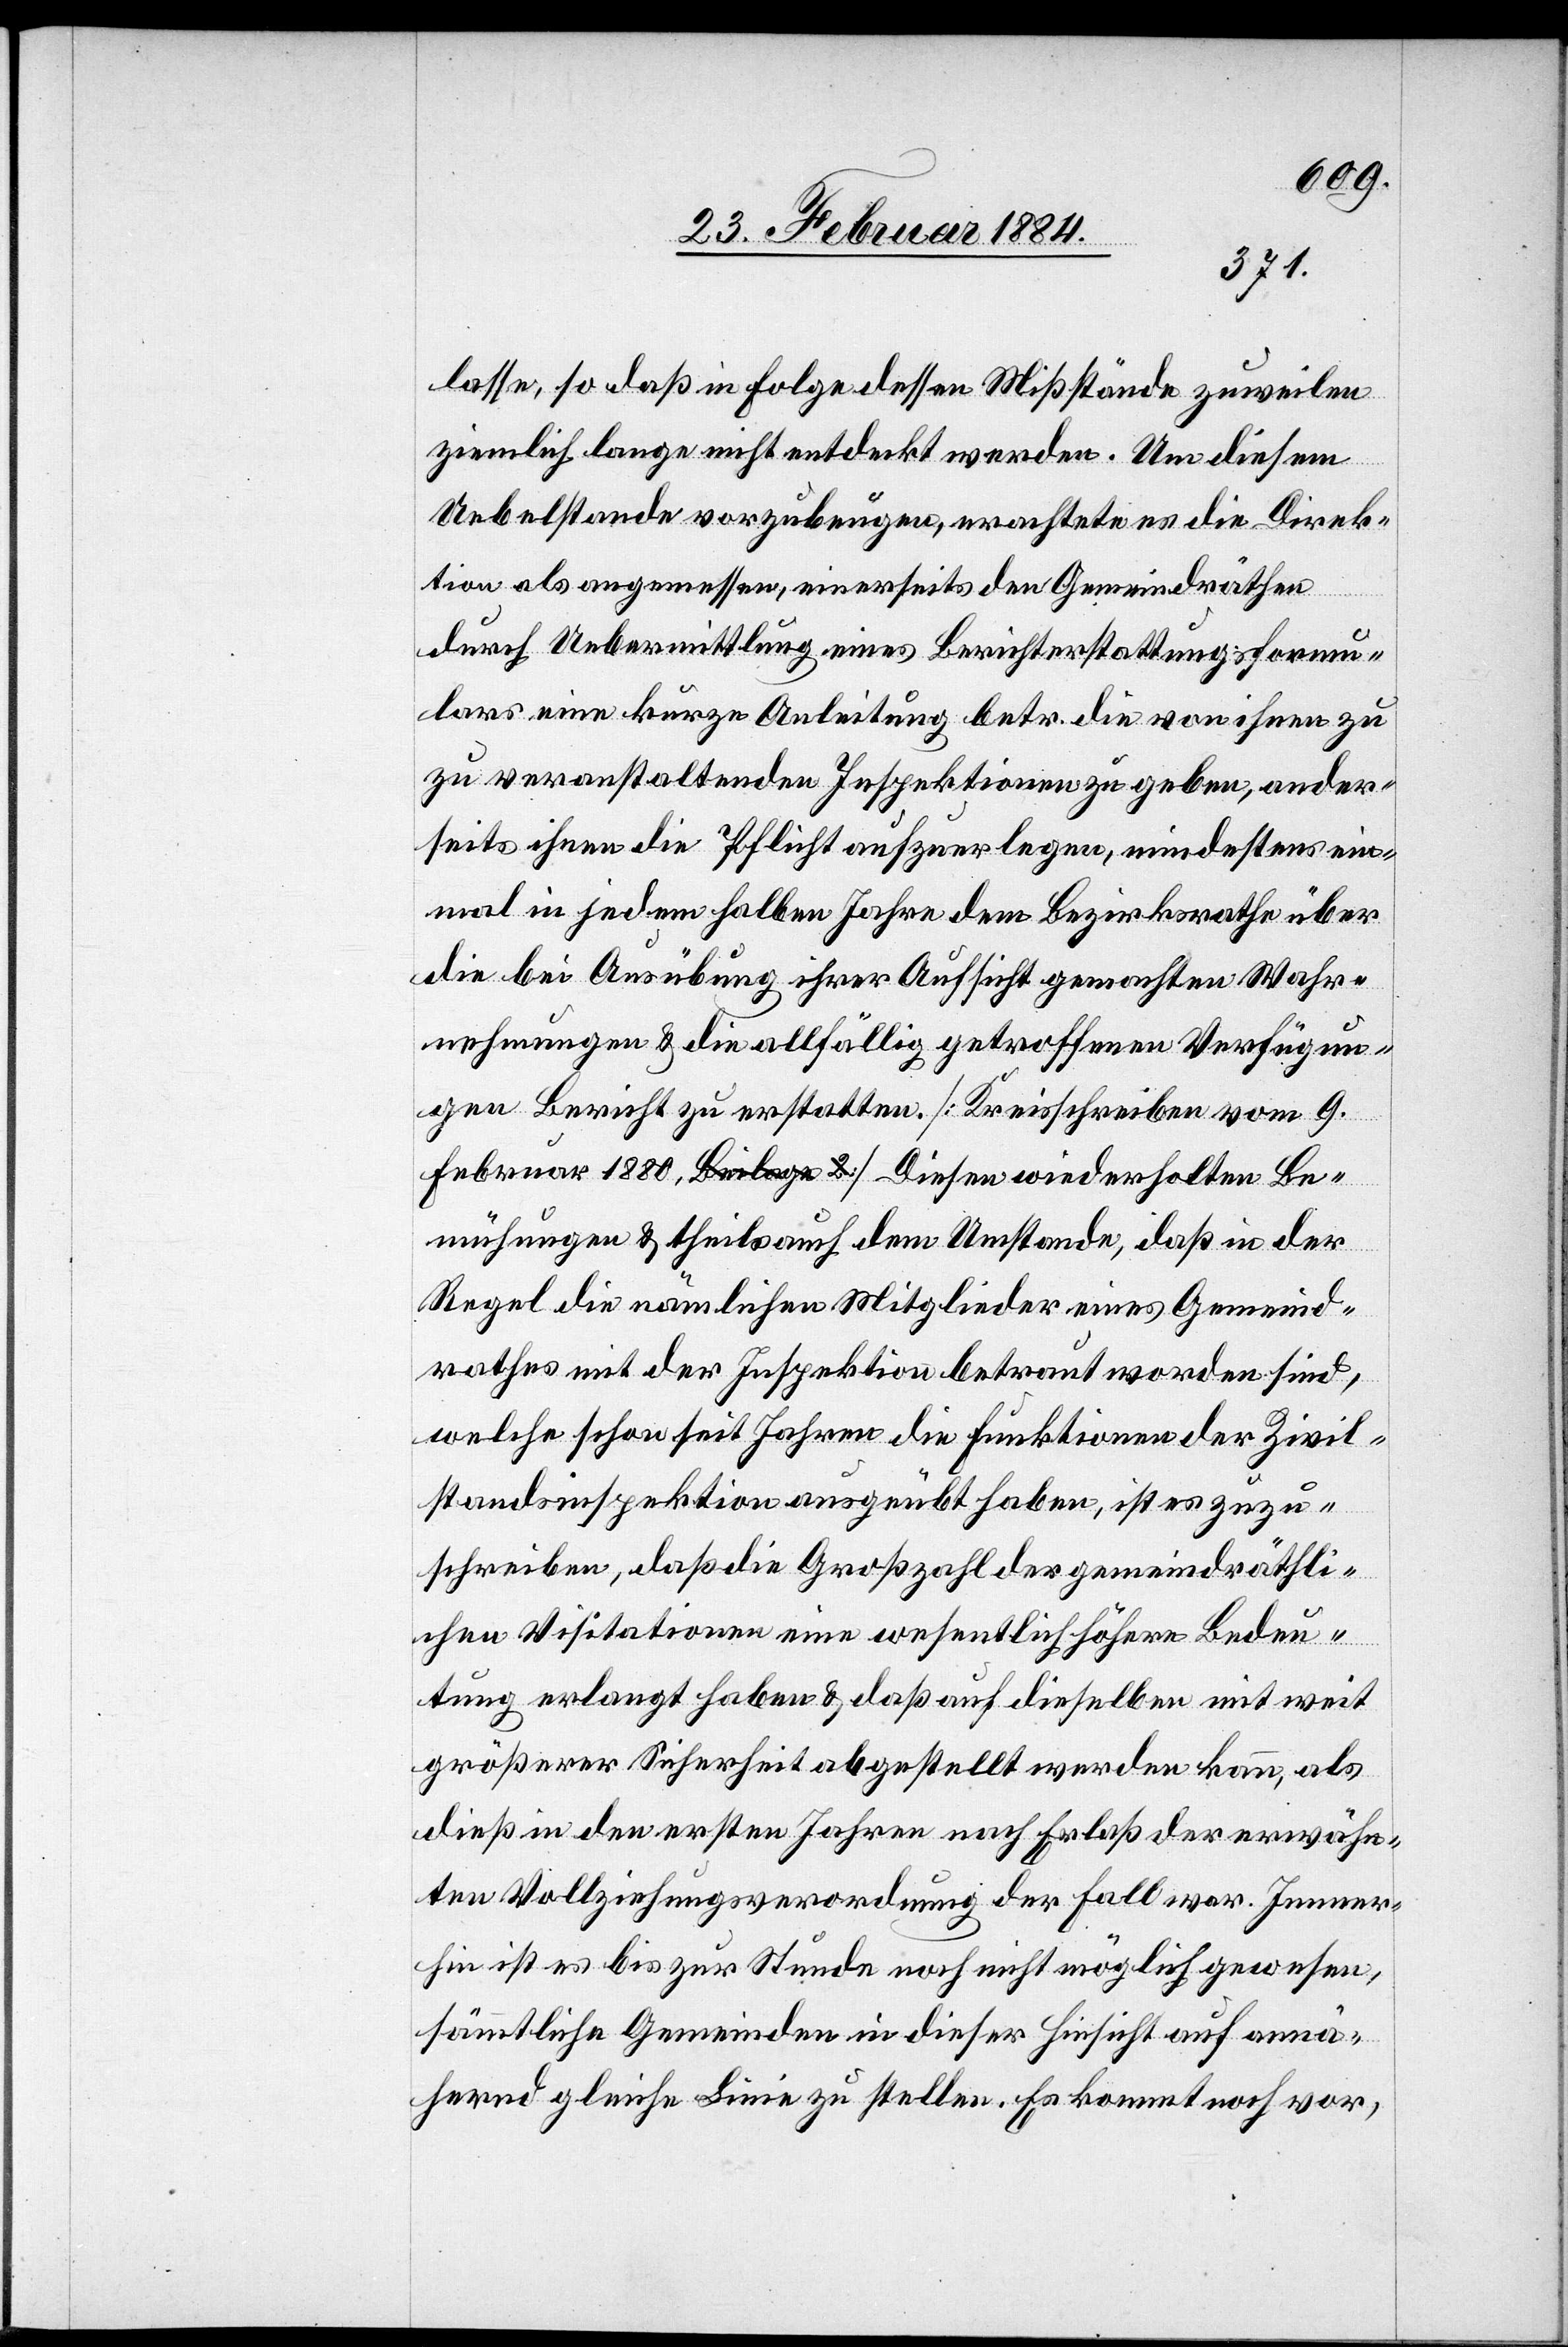
1880].
ulars
lasse, so daß in Folge dessen Mißstände zuweilen
ziemlich lange nicht entdeckt werden. Um diesem
Uebelstande vorzubeugen, erachtete es die Direk¬
tion als angemessen, einerseits den Gemeindräthen
durch Uebermittlung eines Berichterstattungsform¬
einmal in jedem halben Jahre dem Bezirksrathe über
die bei Ausübung ihrer Aufsicht gemachten Wahr¬
nehmungen & die allfällig getroffenen Verfügun¬
gen Bericht zu erstatten. [Kreisschreiben vom 9.
Bemühungen & theils auch dem Umstande, daß in der
Regel die nämlichen Mitglieder eines Gemeind¬
rathes mit der Inspektion betraut worden sind,
welche schon seit Jahren die Funktionen der Zivil¬
standesinspektion ausgeübt haben, ist es zuzu¬
schreiben, daß die Großzahl der gemeindräthli¬
chen Visitationen eine wesentlich höhere Bedeu¬
tung erlangt haben & daß auf dieselben mit weit
größerer Sicherheit abgestellt werden kann, als
dieß in den ersten Jahren nach Erlaß der erwähn¬
ten Vollziehungsverordnung der Fall war. Immer¬
hin ist es bis zur Stunde noch nicht möglich gewesen,
sämmtliche Gemeinden in dieser Hinsicht auf annä¬
hrend gleiche Linie zu stellen. Es kommt noch vor,